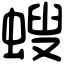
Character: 螋